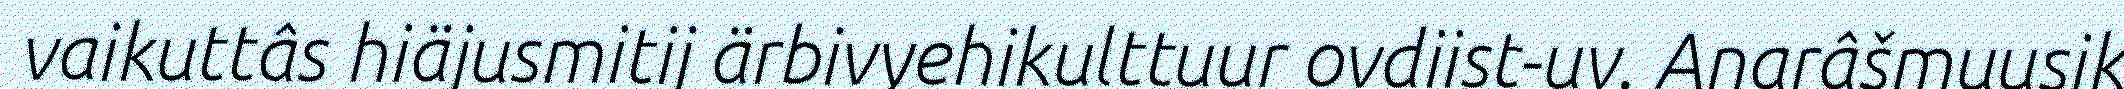
vaikuttâs hiäjusmitij ärbivyehikulttuur ovdiist-uv. Anarâšmuusik